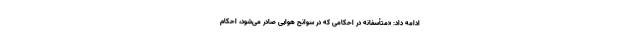
ادامه داد: «متأسفانه در احکامی که در سوانح هوایی صادر می‌شود، احکام